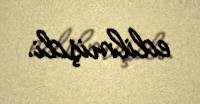
edilmişdi.